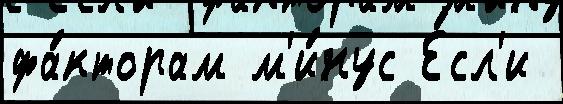
фа́кторам м'и́нус Е́сл'и